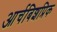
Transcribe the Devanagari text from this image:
आर्चबिशप्रिक